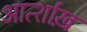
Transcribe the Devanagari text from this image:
आर्त्शाख़